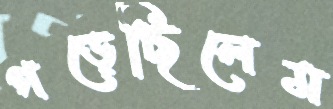
গড়েছিলেম